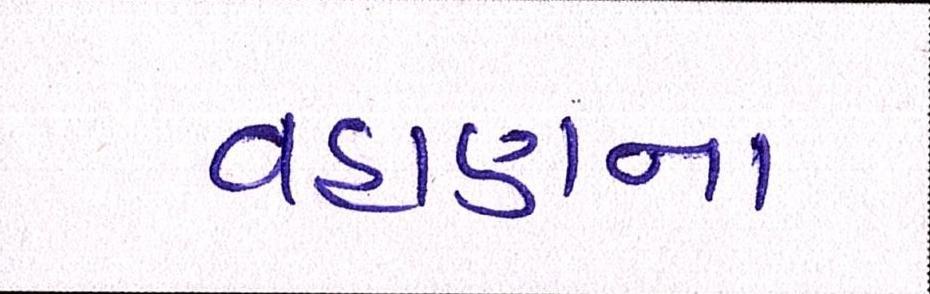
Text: વહાણના